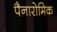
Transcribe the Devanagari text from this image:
पैनारोमिक